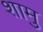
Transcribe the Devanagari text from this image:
शामु